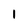
Character: 1